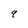
Character: 9